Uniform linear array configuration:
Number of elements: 4
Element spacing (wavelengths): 1
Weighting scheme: binomial
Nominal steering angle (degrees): -30
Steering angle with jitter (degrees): -30.263
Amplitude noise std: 0.05
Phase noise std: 0.05

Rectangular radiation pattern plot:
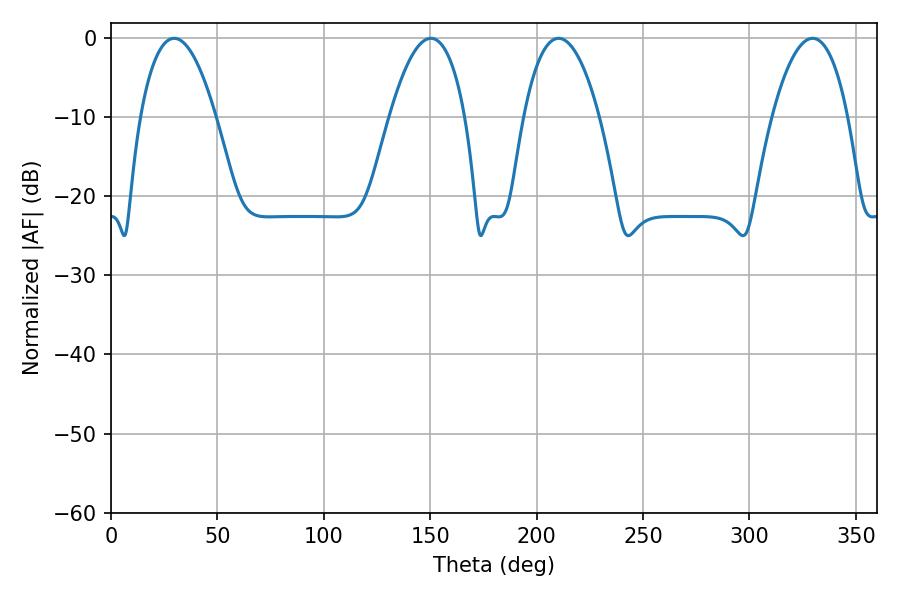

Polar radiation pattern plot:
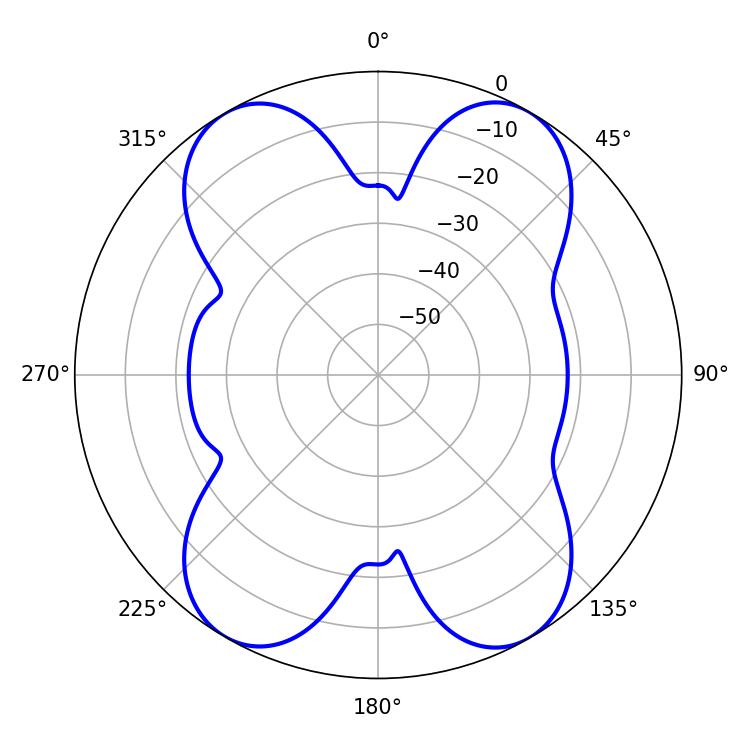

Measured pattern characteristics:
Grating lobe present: TRUE
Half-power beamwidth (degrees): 19.8
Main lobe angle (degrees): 29.7